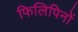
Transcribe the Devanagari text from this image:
फिलिपिनों